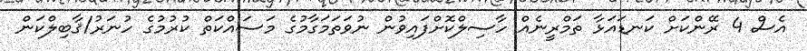
އެސް 4 ރޭންކަށް ކަނޑައަޅާ ތަމްރީނެއް ހާސިލްކޮށްފައިވުން ނުވަތަމަގާމުގެ މަސައްކަތް ކުރުމުގެ ހުނަރު/ޤާބިލްކަން